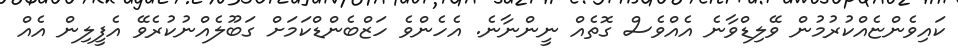
ކައިވެންޏެއްކުރުމުން ވޭލިޑްވާނެ އެއްވެސް ގޮތެއް ނީންނާނެ. އެހެންވެ ހަޒްބެންޑްކަމަށް ގަބޫލެއްނުކުރެވޭ އެފީލިން އެއް